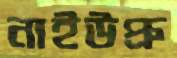
নাইউপ্রু